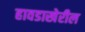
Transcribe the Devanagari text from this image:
हावडाखेरील